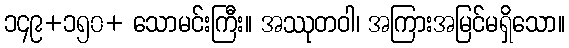
၁၄၉+၁၅၀+ သောမင်းကြီး။ အဿုတဝါ၊ အကြားအမြင်မရှိသော။